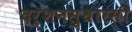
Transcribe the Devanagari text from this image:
दर्शनसुधारसी